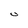
Character: U